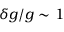
\delta g / g \sim 1 \